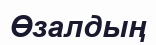
Өзалдың